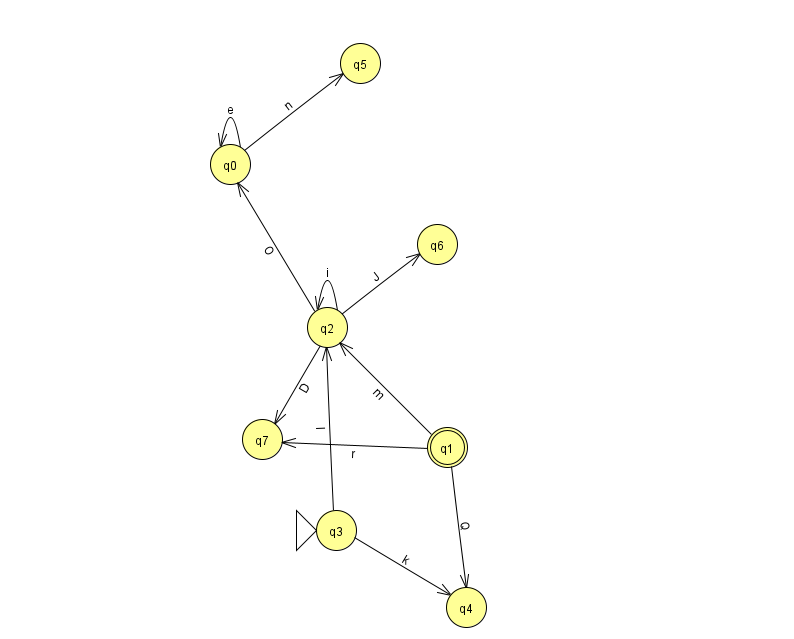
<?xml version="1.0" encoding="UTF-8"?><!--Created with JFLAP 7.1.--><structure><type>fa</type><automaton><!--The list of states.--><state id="0" name="q0"><x>230.0</x><y>151.0</y></state><state id="1" name="q1"><x>447.0</x><y>434.0</y><final/></state><state id="2" name="q2"><x>327.0</x><y>314.0</y></state><state id="3" name="q3"><x>336.0</x><y>517.0</y><initial/></state><state id="4" name="q4"><x>466.0</x><y>594.0</y></state><state id="5" name="q5"><x>360.0</x><y>50.0</y></state><state id="6" name="q6"><x>437.0</x><y>231.0</y></state><state id="7" name="q7"><x>262.0</x><y>426.0</y></state><!--The list of transitions.--><transition><from>2</from><to>0</to><read>O</read></transition><transition><from>1</from><to>4</to><read>Q</read></transition><transition><from>1</from><to>7</to><read>r</read></transition><transition><from>2</from><to>6</to><read>J</read></transition><transition><from>0</from><to>5</to><read>n</read></transition><transition><from>2</from><to>7</to><read>D</read></transition><transition><from>3</from><to>2</to><read>I</read></transition><transition><from>0</from><to>0</to><read>e</read></transition><transition><from>3</from><to>4</to><read>k</read></transition><transition><from>2</from><to>2</to><read>i</read></transition><transition><from>1</from><to>2</to><read>m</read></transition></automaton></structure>